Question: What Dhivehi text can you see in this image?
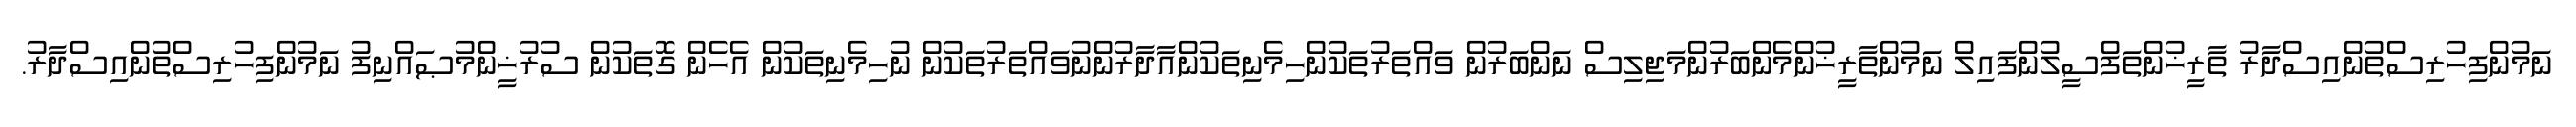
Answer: ނަމުންފިހުރިސްތުންއިސްދާރު ތާރީޚުންތަފްސީލުންފައިލް ނަމުންތާރީޚުންމެންބަރުންމަޖިލިސް ނަންބަރުން ވައްތަރުތަކުންހިމެނިތަކުންއާދާރުންނުވައްތަރުތަކުން ނުހިމެނިތަކުން އެހެން ގޮތަކުން ސުރުޚީންމުޞައްނިފު ނަމުންފިހުރިސްތުންއިސްދާރު.